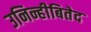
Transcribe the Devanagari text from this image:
उनिन्हीबितेद